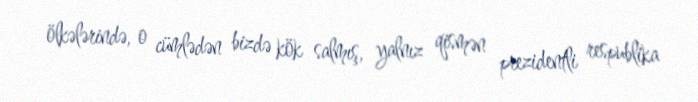
ölkələrində, o cümlədən bizdə kök salmış, yalnız qismən prezidentli respublika